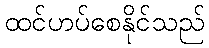
ထင်ဟပ်စေနိုင်သည်